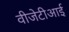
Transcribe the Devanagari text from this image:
वीजेटीआई